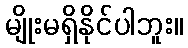
မျိုးမရှိနိုင်ပါဘူး။